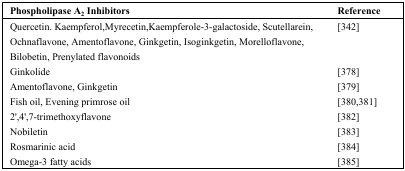
<table><thead><tr><td><b>Phospholipase A<sub>2</sub> Inhibitors</b></td><td><b>Reference</b></td></tr></thead><tbody><tr><td>Quercetin. Kaempferol, Myrecetin, Kaempferole-3-galactoside, Scutellarein, Ochnaflavone, Amentoflavone, Ginkgetin, Isoginkgetin, Morelloflavone, Bilobetin, Prenylated flavonoids</td><td>[342]</td></tr><tr><td>Ginkolide</td><td>[378]</td></tr><tr><td>Amentoflavone, Ginkgetin</td><td>[379]</td></tr><tr><td>Fish oil, Evening primrose oil</td><td>[380,381]</td></tr><tr><td>2′,4′,7-trimethoxyflavone</td><td>[382]</td></tr><tr><td>Nobiletin</td><td>[383]</td></tr><tr><td>Rosmarinic acid</td><td>[384]</td></tr><tr><td>Omega-3 fatty acids</td><td>[385]</td></tr></tbody></table>